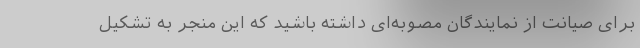
برای صیانت از نمایندگان مصوبه‌ای داشته باشید که این منجر به تشکیل